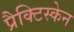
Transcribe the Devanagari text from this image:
प्रैक्टिस्केन